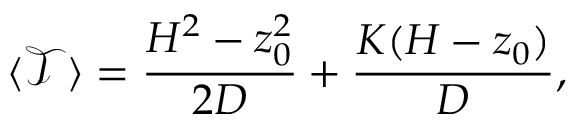
\langle \mathcal { T } \rangle = \frac { H ^ { 2 } - z _ { 0 } ^ { 2 } } { 2 D } + \frac { K ( H - z _ { 0 } ) } { D } ,